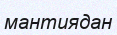
мантиядан